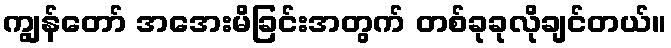
ကျွန်တော် အအေးမိခြင်းအတွက် တစ်ခုခုလိုချင်တယ်။